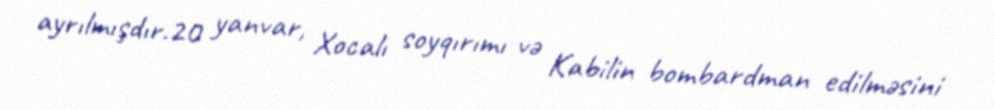
ayrılmışdır.20 yanvar, Xocalı soyqırımı və Kabilin bombardman edilməsini